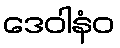
ဒေဝါနံဝ